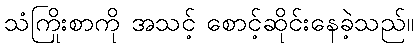
သံကြိုးစာကို အသင့် စောင့်ဆိုင်းနေခဲ့သည်။